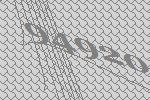
94920